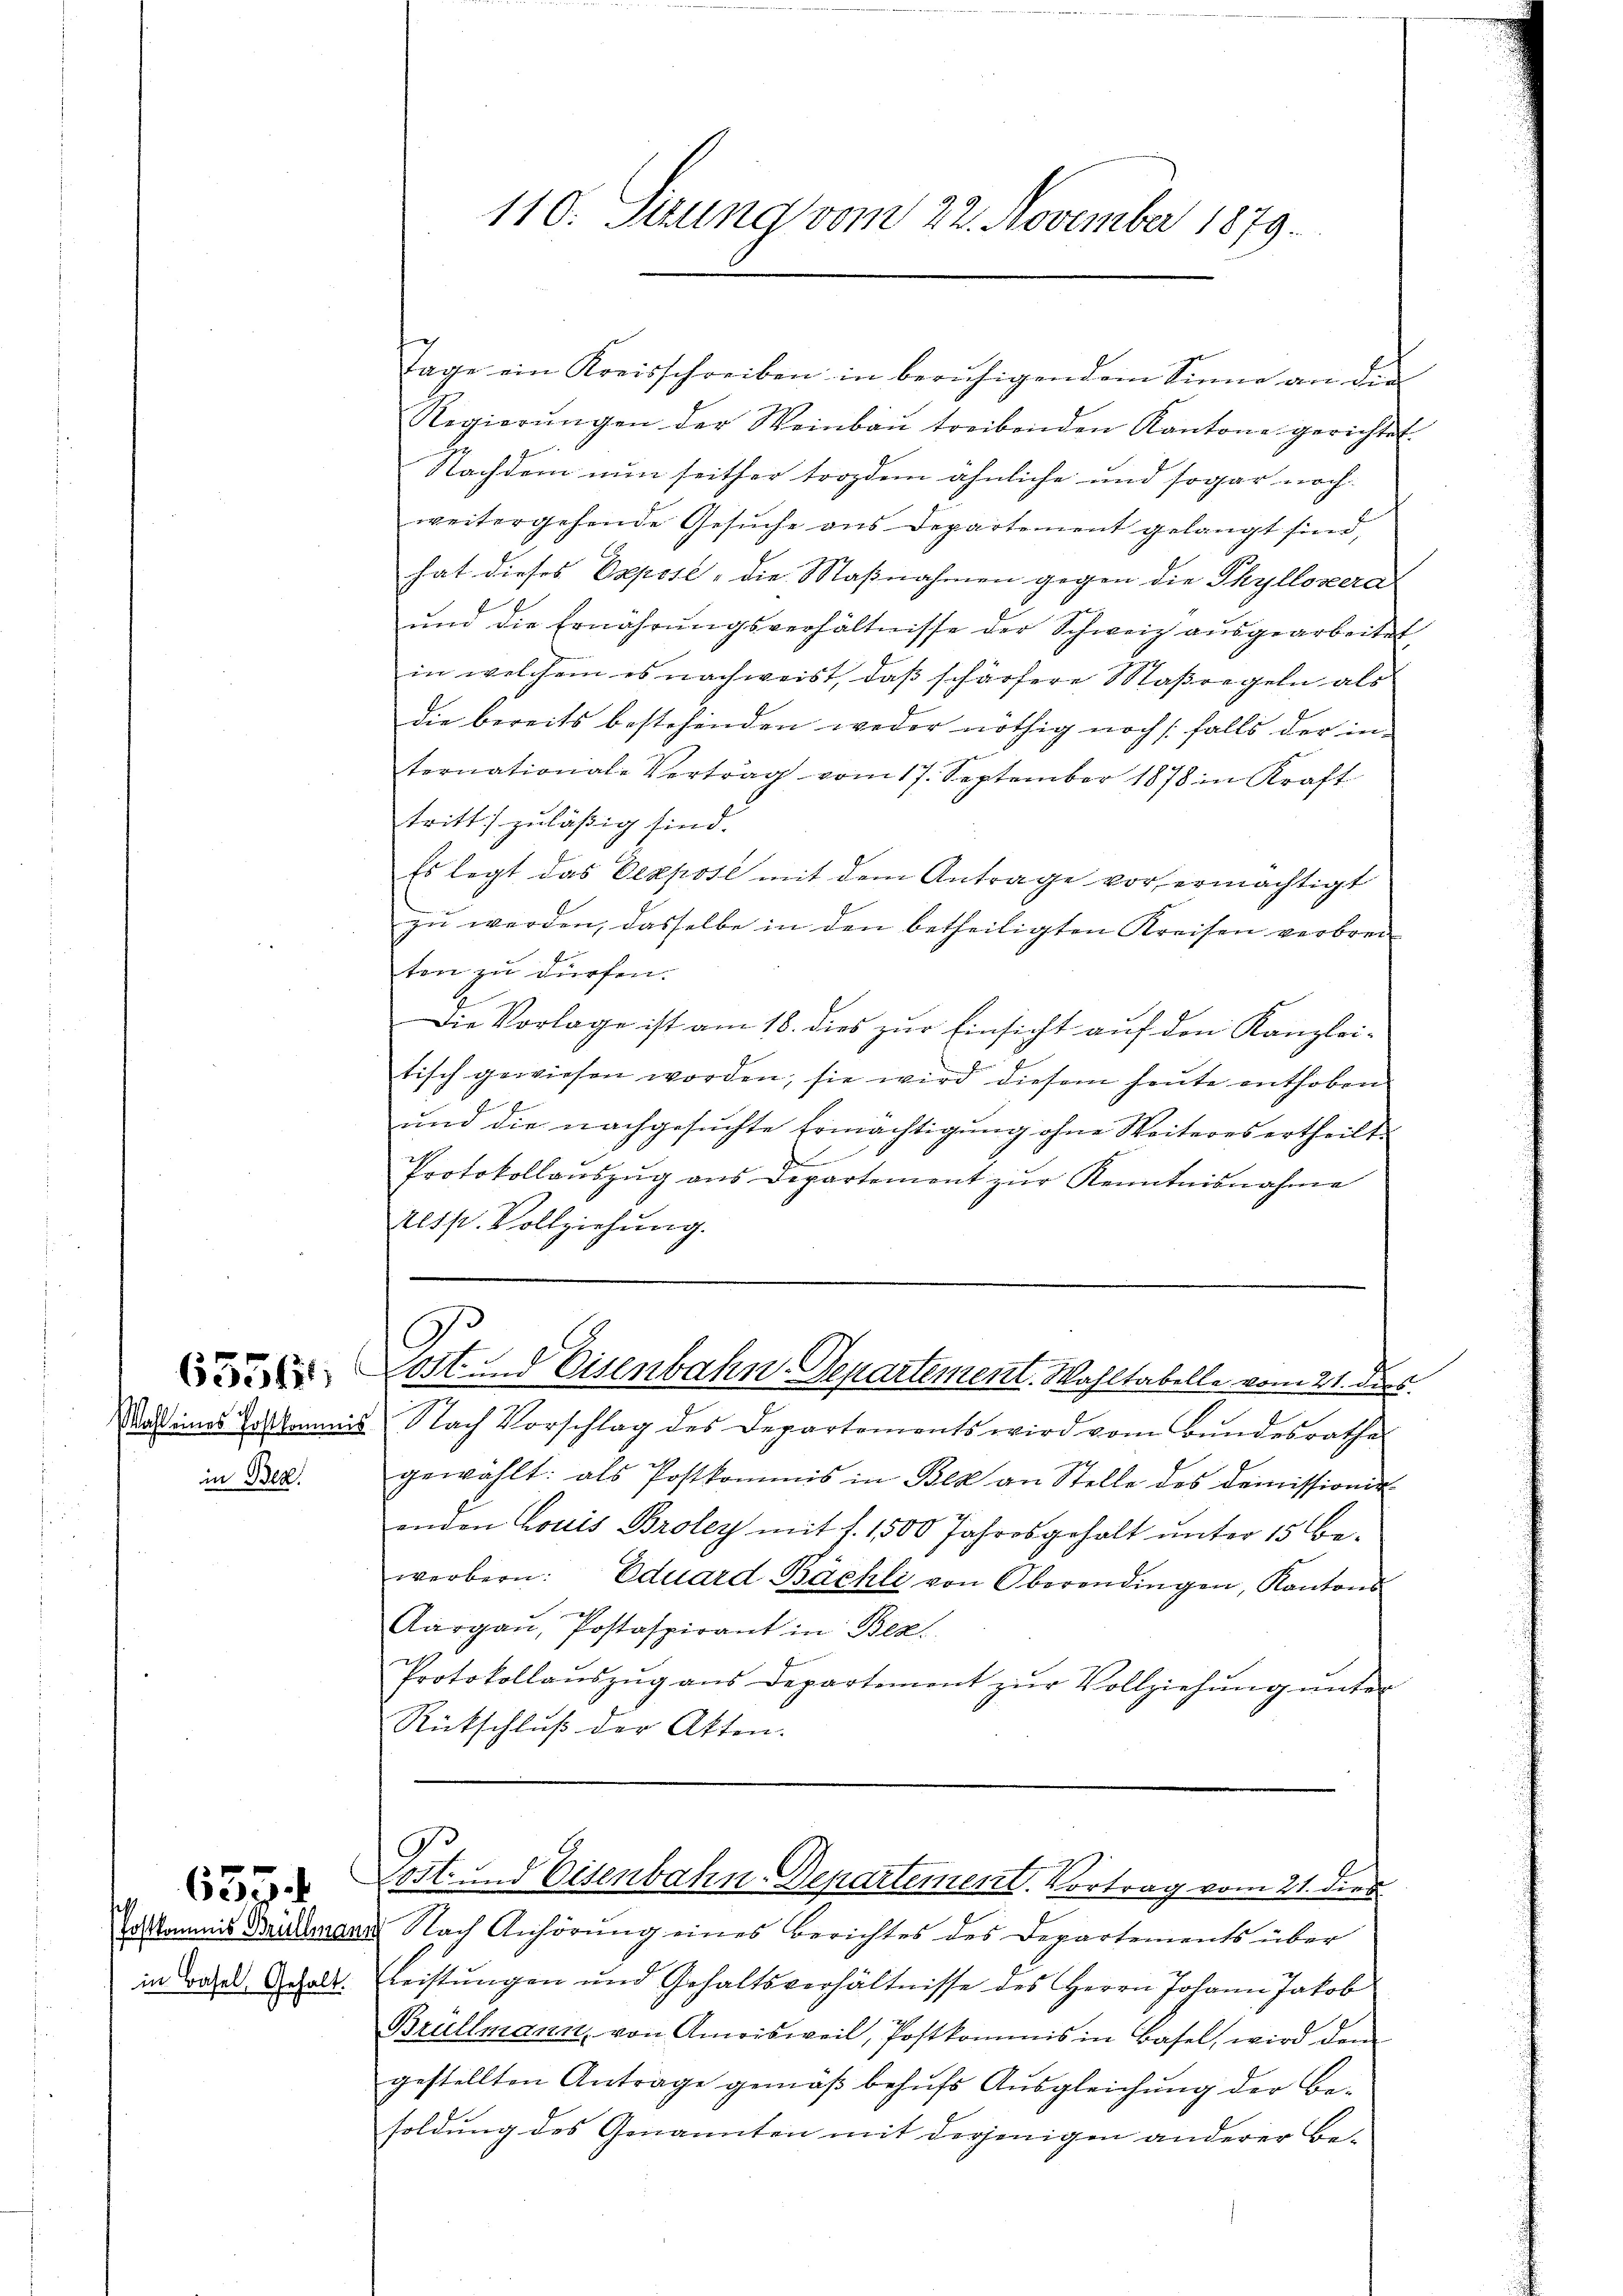
in Ber

in Basel, Gehalt.

110. Sizung vom 22. November 1879.

Tage ein Kreisschreiben in beruhigen dem Sinne an die
Regierŭngen der Weinbaŭ treibenden Kantone gerichtet
Nachdem nun seither trozdem ähnliche und sogar noch
weitergehende Gesuche aus Departement gelangt sind,
hat dieses Expose - die Maßnahmen gegen die Thyllovera
ŭnd die Ernährŭngsverhältnisse der Schweiz ausgearbeitet
in welchem es nachweist, daß schärfere Maßregeln als
die bereits bestehenden weder nöthig noch falls der in
ternationale Vertrag vom 17. September 1878 in Kraft
tritt zuläßig sind.
Es legt das Expose mit dem Antrage vor ermächtigt
zu werden, dasselbe in den betheiligten Kreisen verbrec
ten zu dürfen.
Die Vorlage ist am 18. dies zur Einsicht auf den Kanzlei-
tisch gewiesen worden; sie wird diesem heute enthoben
ŭnd die nachgesŭchte Ermächtigŭng ohne Weiteres ertheilt.
¬
Protokollaŭszŭg ans Departement zŭr Kenntnisnahme
Alsp. Vollziehung.

as eines Erstkommis Nach Vorschlag des Departements wird vom Bŭndesrathe
gewählt: als Postkommis in Bex an Stelle des Demissionir
enden Louis Broley mit 1. 1500 Jahresgehalt unter 15 Bewerbern. Eduard Bächli von Oberendingen, Kantons
.
Aargau, Postaspirant in Bez
Protokollaŭszŭg ans Departement zŭr Vollziehung unter
Rückschluß der Akten.

Sost. Eisenbahn-Departement. Wahltabelle vom 21. ders

G.
 Last und Eisenbahn-Departement. Vortrag vom 21. dies

zu kommnis Aidemann Nach Anhörung eines Berichtes des Departements über
Leistungen und Gehaltsverhältnisse des Herrn Johann Jakob
Brüllmann, von Amrisweil, Postkommis in Basel, wird dem
gestellten Anträge gemäß behufs Ausgleichung der Be-
soldung des Genannten mit derjenigen anderer Be-